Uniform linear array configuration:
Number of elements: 8
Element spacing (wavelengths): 1
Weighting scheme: hamming
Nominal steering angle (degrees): -15
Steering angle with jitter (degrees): -13.682
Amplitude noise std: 0.05
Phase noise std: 0.05

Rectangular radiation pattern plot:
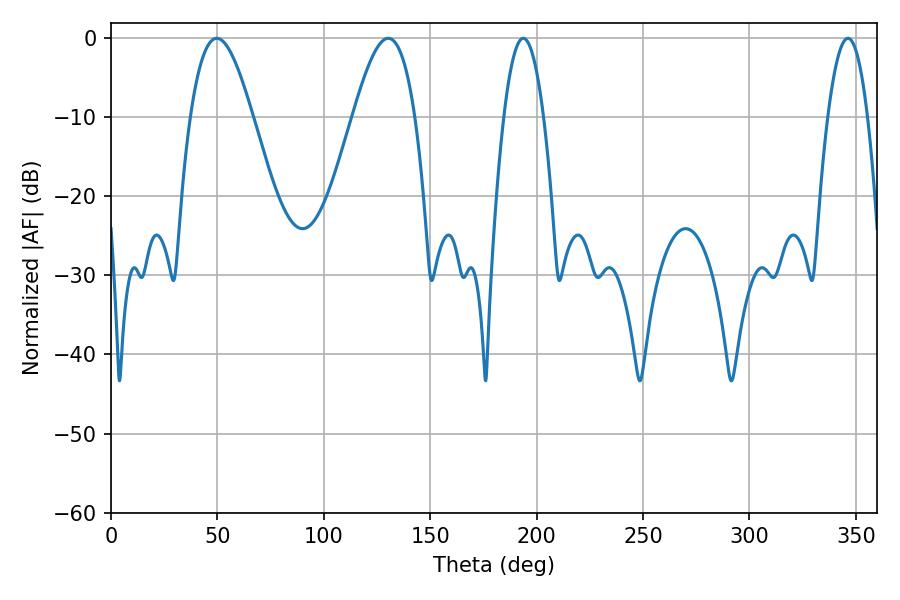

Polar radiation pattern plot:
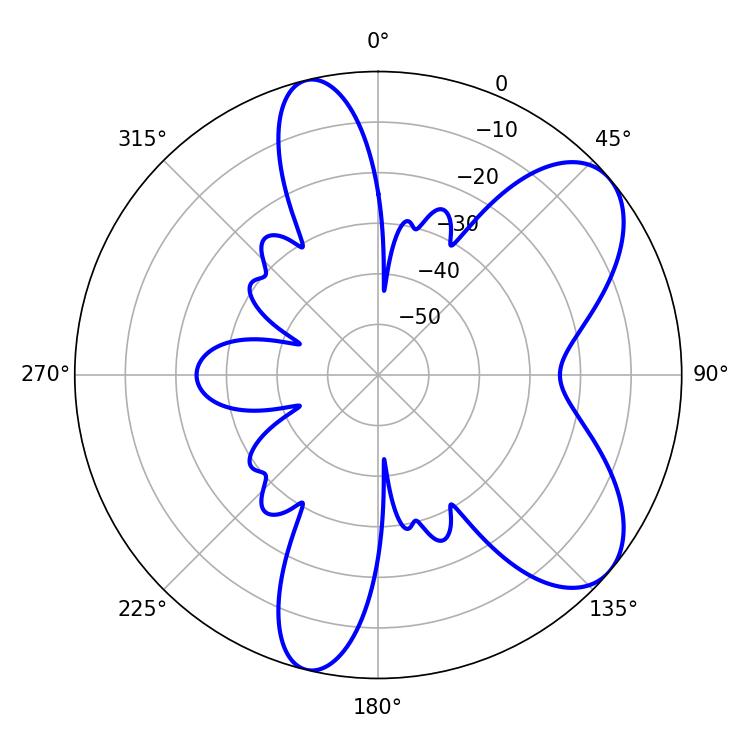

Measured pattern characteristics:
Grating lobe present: TRUE
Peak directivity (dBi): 7.29
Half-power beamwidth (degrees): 15.84
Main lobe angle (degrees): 49.68